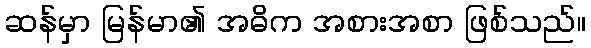
ဆန်မှာ မြန်မာ၏ အဓိက အစားအစာ ဖြစ်သည်။